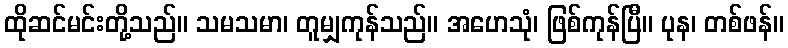
ထိုဆင်မင်းတို့သည်။ သမသမာ၊ တူမျှကုန်သည်။ အဟေသုံ၊ ဖြစ်ကုန်ပြီ။ ပုန၊ တစ်ဖန်။